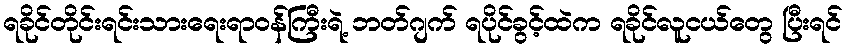
ရခိုင်တိုင်းရင်းသားရေးရာဝန်ကြီးရဲ့ ဘတ်ဂျက် ရပိုင်ခွင့်ထဲက ရခိုင်လူငယ်တွေ ပြီးရင်